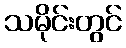
သမိုင်းတွင်